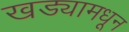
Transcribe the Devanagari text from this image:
खड्यामधून